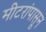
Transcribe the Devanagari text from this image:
मीटरांपासून